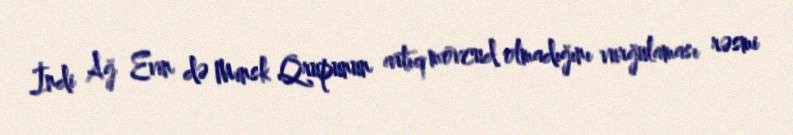
İndi Ağ Evin də Minsk Qrupunun artıq mövcud olmadığını vurğulaması rəsmi